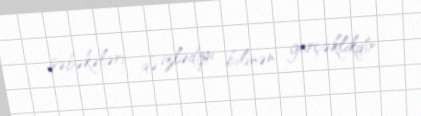
şəbəkələri də izlədiyi bilinən gerçəklikdir.